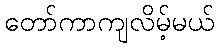
တော်ကာကျလိမ့်မယ်